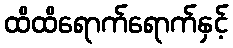
ထိထိရောက်ရောက်နှင့်